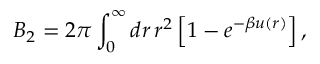
B _ { 2 } = 2 \pi \int _ { 0 } ^ { \infty } d r \, r ^ { 2 } \left[ 1 - e ^ { - \beta u ( r ) } \right] ,